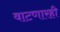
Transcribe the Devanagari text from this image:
वाटणारही